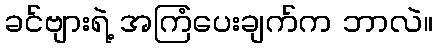
ခင်ဗျားရဲ့ အကြံပေးချက်က ဘာလဲ။